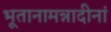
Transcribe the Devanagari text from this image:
भूतानामन्नादीनां